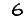
Digit: 6